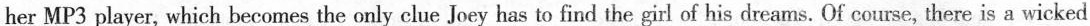
her MP3 player, which becomes the only clue Joey has to find the girl of his dreams. Of course, there is a wicked